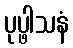
ပုပ္ဖါသနံ